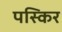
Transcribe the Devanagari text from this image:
पस्किर